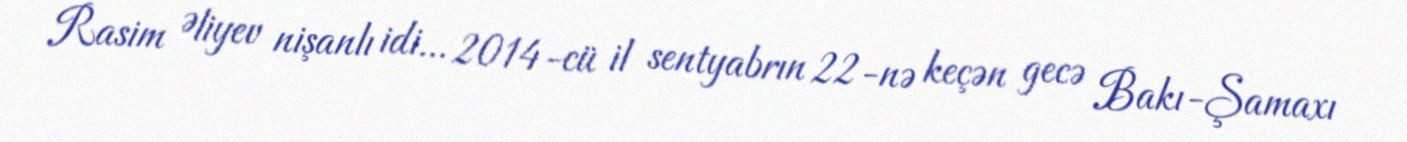
Rasim Əliyev nişanlı idi... 2014-cü il sentyabrın 22-nə keçən gecə Bakı-Şamaxı